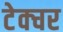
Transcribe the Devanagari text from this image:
टेक्चर